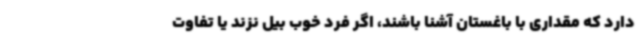
دارد که مقداری با باغستان آشنا باشند، اگر فرد خوب بیل نزند یا تفاوت